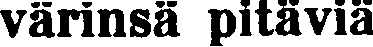
värinsä pitäviä